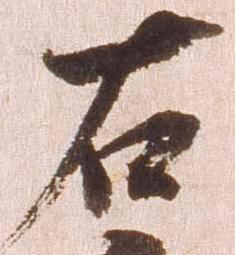
右